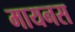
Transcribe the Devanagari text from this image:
मायनस